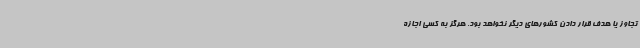
تجاوز یا هدف قرار دادن کشورهای دیگر نخواهد بود. هرگز به کسی اجازه